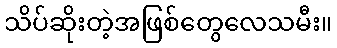
သိပ်ဆိုးတဲ့အဖြစ်တွေလေသမီး။